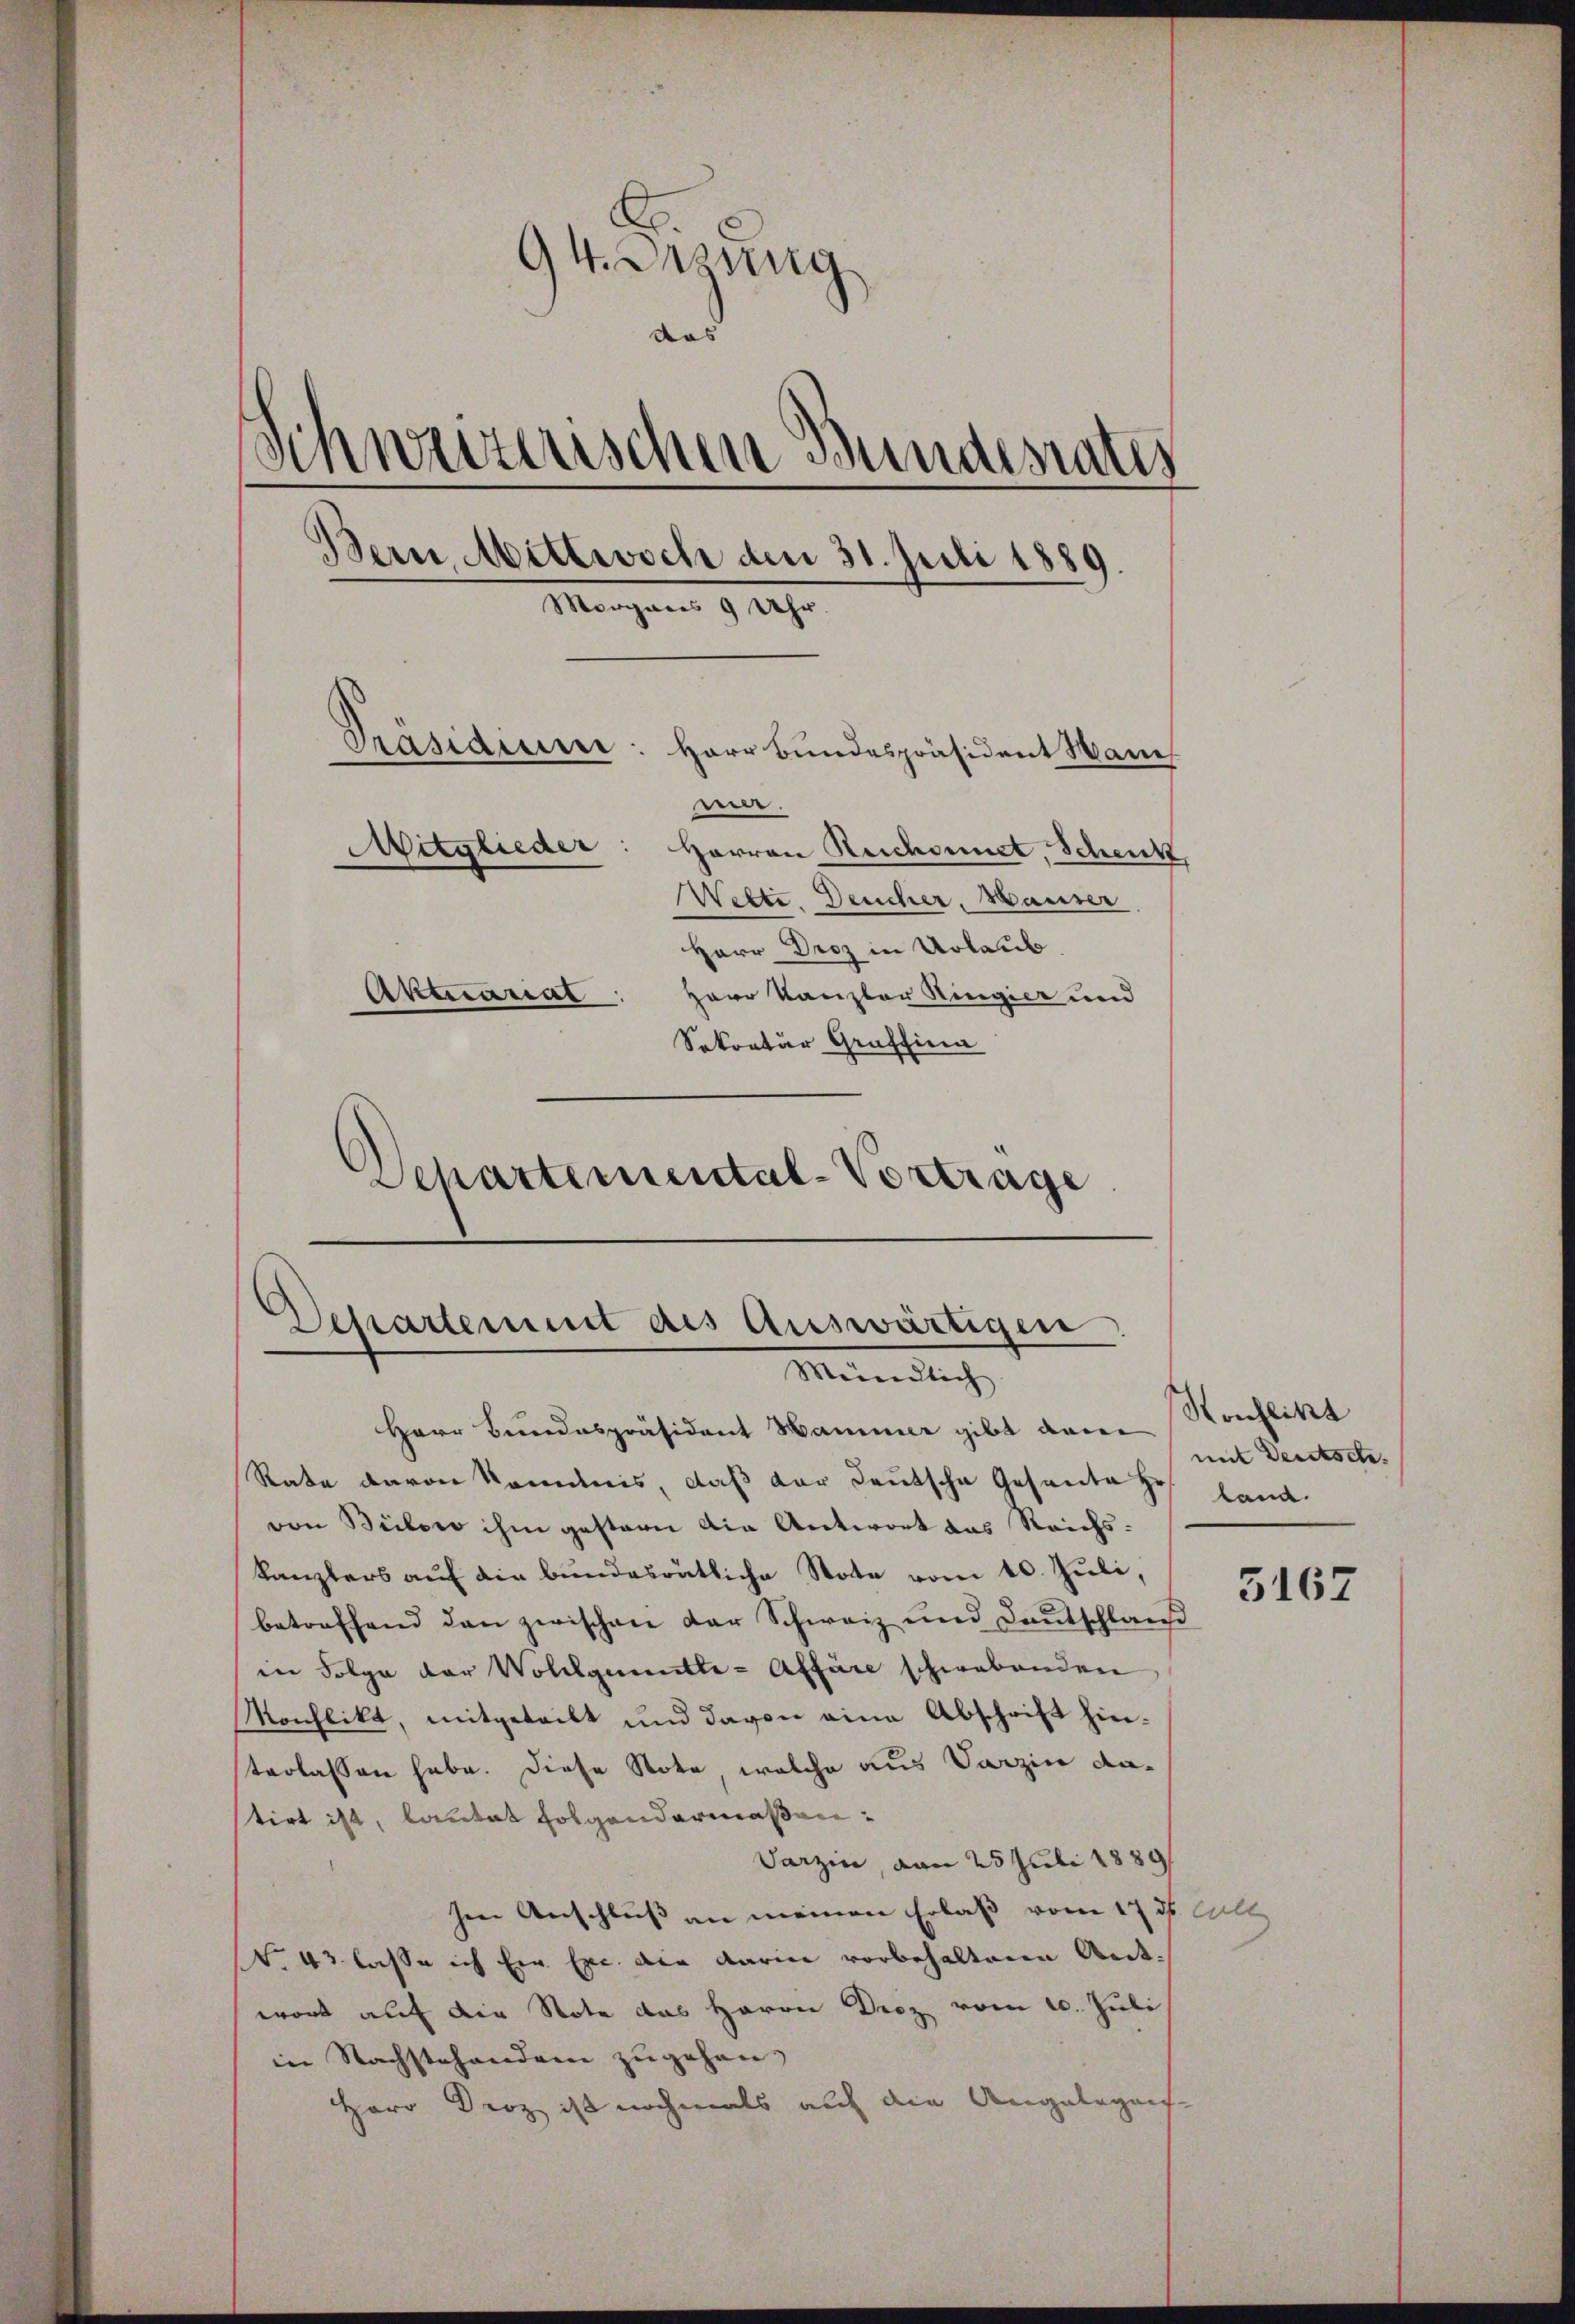
94. Irrung
and
S
Schweizerischen Bundesrates
Bern Mittwoch den 31. Juli 1889.
Morganis 9 Uhr.
Präsidium: Herr Bundespräsident Mann.
ee.
Nitglieder
Harron Reichnet, Schenk
Wette. Deucher, Hauser
Herr Droz in Urlaub.
Aktuarial
parr Kanzler Ringier und
Sokratur Graffina
Schartemental-Vortrage

Dessartement als Auswärtigen
Mündlich,

Herr Bundespräsident Hammer gibt vonei
Rate davon kommis, daß der deutsche Gesante Hof Land
ven Bülowo ihm gestern die Antwort das Reichs-
kanzlers auf die bundesrätliche Stote vom 10. Juli,
betreffend den zwischen der Schweiz und Deutschland
in Folge der Wollgementle-Affäre schwebenden
Monflikt, mitgeteilt und davon eine Abschrift hinterlassen habe. Diese Note welche aus Verzin datirt ist, lautet folgendermaßen:
Varzin, von 25 Juli 1889
hen Anschluss an meinen Erlass vom 17. ds. als
V. 43 lasse ich Ein Exc. die darin vorbehaltene Antwort auf die Note das Herrn Droz vom 10. Juli
in Nachstehenden zugehen, |
Herr Droz ist nochmals auch die Angelegens-

Konflikt
mit Deutsch.

5167